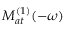
{ \cal M } _ { a t } ^ { ( 1 ) } ( - \omega )